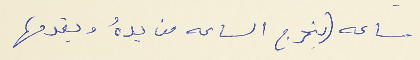
ساعه (يخرج الساعه من يدهُ ويقدمها